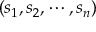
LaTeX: ( s _ { 1 } , s _ { 2 } , \cdots , s _ { n } )